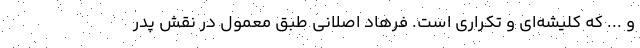
و ... که کلیشه‌ای و تکراری است. فرهاد اصلانی طبق معمول در نقش پدر